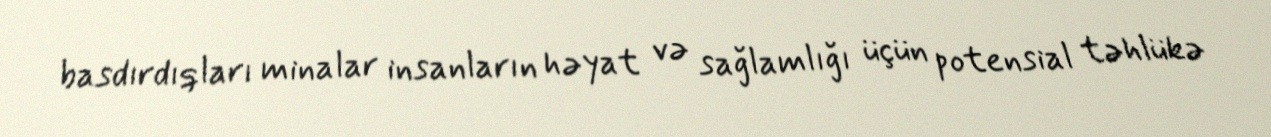
basdırdıqları minalar insanların həyat və sağlamlığı üçün potensial təhlükə